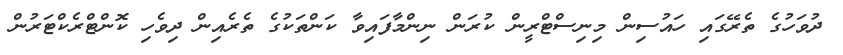
ދުވަހުގެ ތެރޭގައި ހައުސިން މިނިސްޓްރީން ކުރަން ނިންމާފައިވާ ކަންތަކުގެ ތެރެއިން ދިވެހި ކޮންޓްރެކްޓަރުން